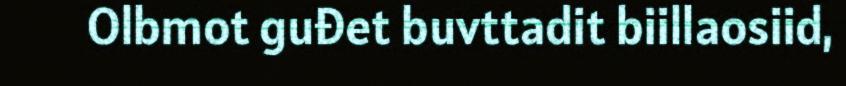
Olbmot guđet buvttadit biillaosiid,